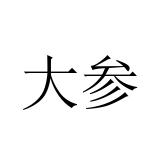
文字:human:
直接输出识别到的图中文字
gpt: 大参